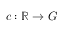
c : \mathbb { R } \rightarrow G